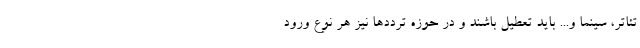
تئاتر، سینما و... باید تعطیل باشند و در حوزه ترددها نیز هر نوع ورود